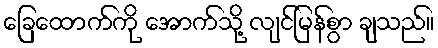
ခြေထောက်ကို အောက်သို့ လျင်မြန်စွာ ချသည်။